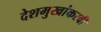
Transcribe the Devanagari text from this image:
देशमुखांकरवी